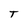
Character: T